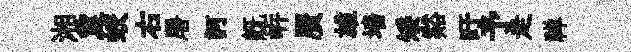
湘夐蛟右屠訶既㟁贋雄墻矮谿旴予走禅